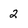
Character: 2